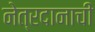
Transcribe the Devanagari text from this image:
नेत्रदानाची